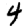
Digit: 4